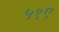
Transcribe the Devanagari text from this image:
५९ए